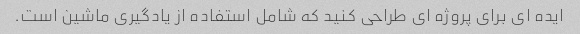
ایده ای برای پروژه ای طراحی کنید که شامل استفاده از یادگیری ماشین است.